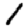
Digit: 1